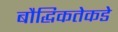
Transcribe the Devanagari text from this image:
बौद्धिकतेकडे